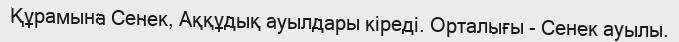
Құрамына Сенек, Аққұдық ауылдары кіреді. Орталығы - Сенек ауылы.